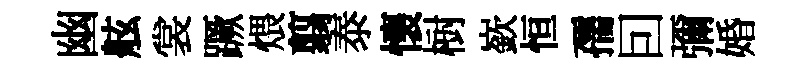
幽舷裳蹶煨翦泰懷𣗳嶔恒孺囙彌婚